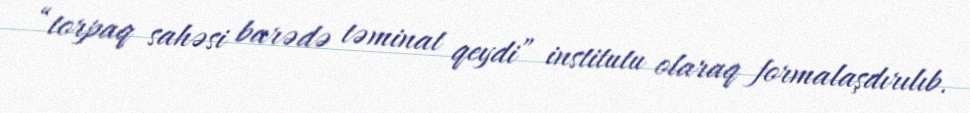
“torpaq sahəsi barədə təminat qeydi” institutu olaraq formalaşdırılıb.